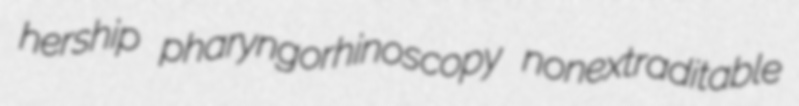
hership pharyngorhinoscopy nonextraditable